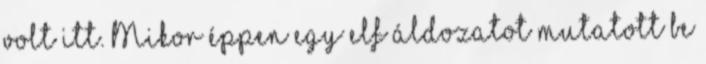
volt itt. Mikor éppen egy elf áldozatot mutatott be